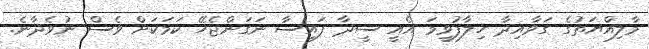
މާލިއްޔަތުގެ ގަވާއިދާ ހިލާފުވީމަ އެއީ ސީދާ ފައިސާ ނަގަންޖެހޭ ކަމަކަށް ވެސް ނުވެދާނެ.